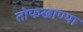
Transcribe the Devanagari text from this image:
तोफखाण्या